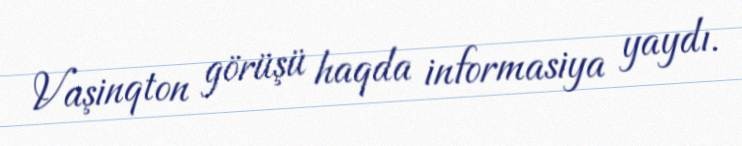
Vaşinqton görüşü haqda informasiya yaydı.